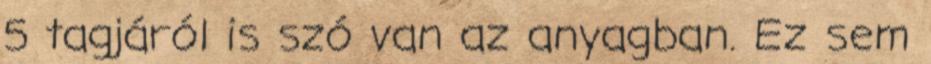
5 tagjáról is szó van az anyagban. Ez sem